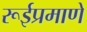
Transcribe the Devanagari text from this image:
रूईप्रमाणे